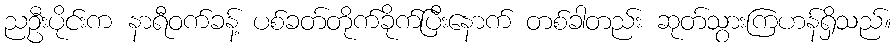
ညဦးပိုင်းက နာရီဝက်ခန့် ပစ်ခတ်တိုက်ခိုက်ပြီးနောက် တစ်ခါတည်း ဆုတ်သွားကြဟန်ရှိသည်။